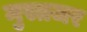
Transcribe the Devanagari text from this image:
मुस्तजर